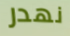
نهدر